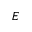
E